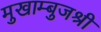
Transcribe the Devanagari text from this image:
मुखाम्बुजश्री